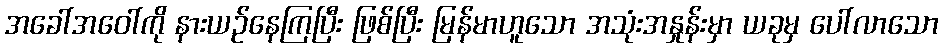
အခေါ်အဝေါ်ကို နားယဉ်နေကြပြီး ဖြစ်ပြီး မြန်မာဟူသော အသုံးအနှုန်းမှာ ယခုမှ ပေါ်လာသော